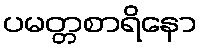
ပမတ္တစာရိနော